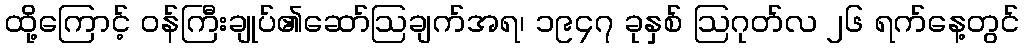
ထို့ကြောင့် ဝန်ကြီးချုပ်၏ဆော်ဩချက်အရ၊ ၁၉၄၇ ခုနှစ် ဩဂုတ်လ ၂၆ ရက်နေ့တွင်